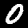
Digit: 0